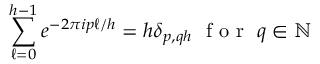
\sum _ { \ell = 0 } ^ { h - 1 } e ^ { - 2 \pi i p \ell / h } = h \delta _ { p , q h } \, \, \mathrm { ~ f ~ o ~ r ~ } ~ q \in \mathbb { N }